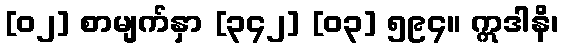
[၀၂] စာမျက်နှာ [၃၄၂] [၀၃] ၅၉၄။ ဣဒါနိ၊